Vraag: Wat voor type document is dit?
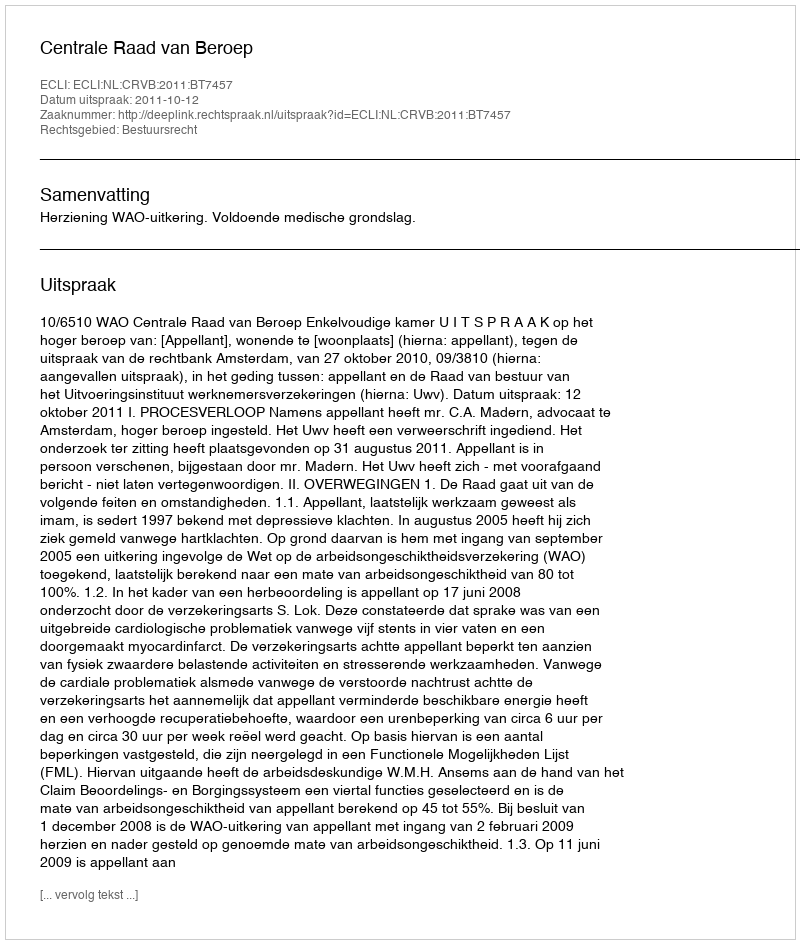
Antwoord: Uitspraak